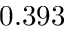
0 . 3 9 3